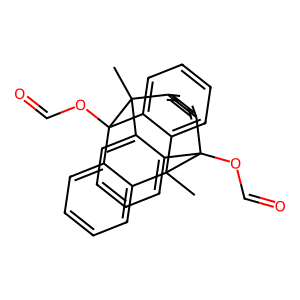
SMILES: CC12c3ccccc3C(OC=O)(c3ccccc31)C1(C)c3ccccc3C2(OC=O)c2ccccc21
Inhibits HIV replication: No